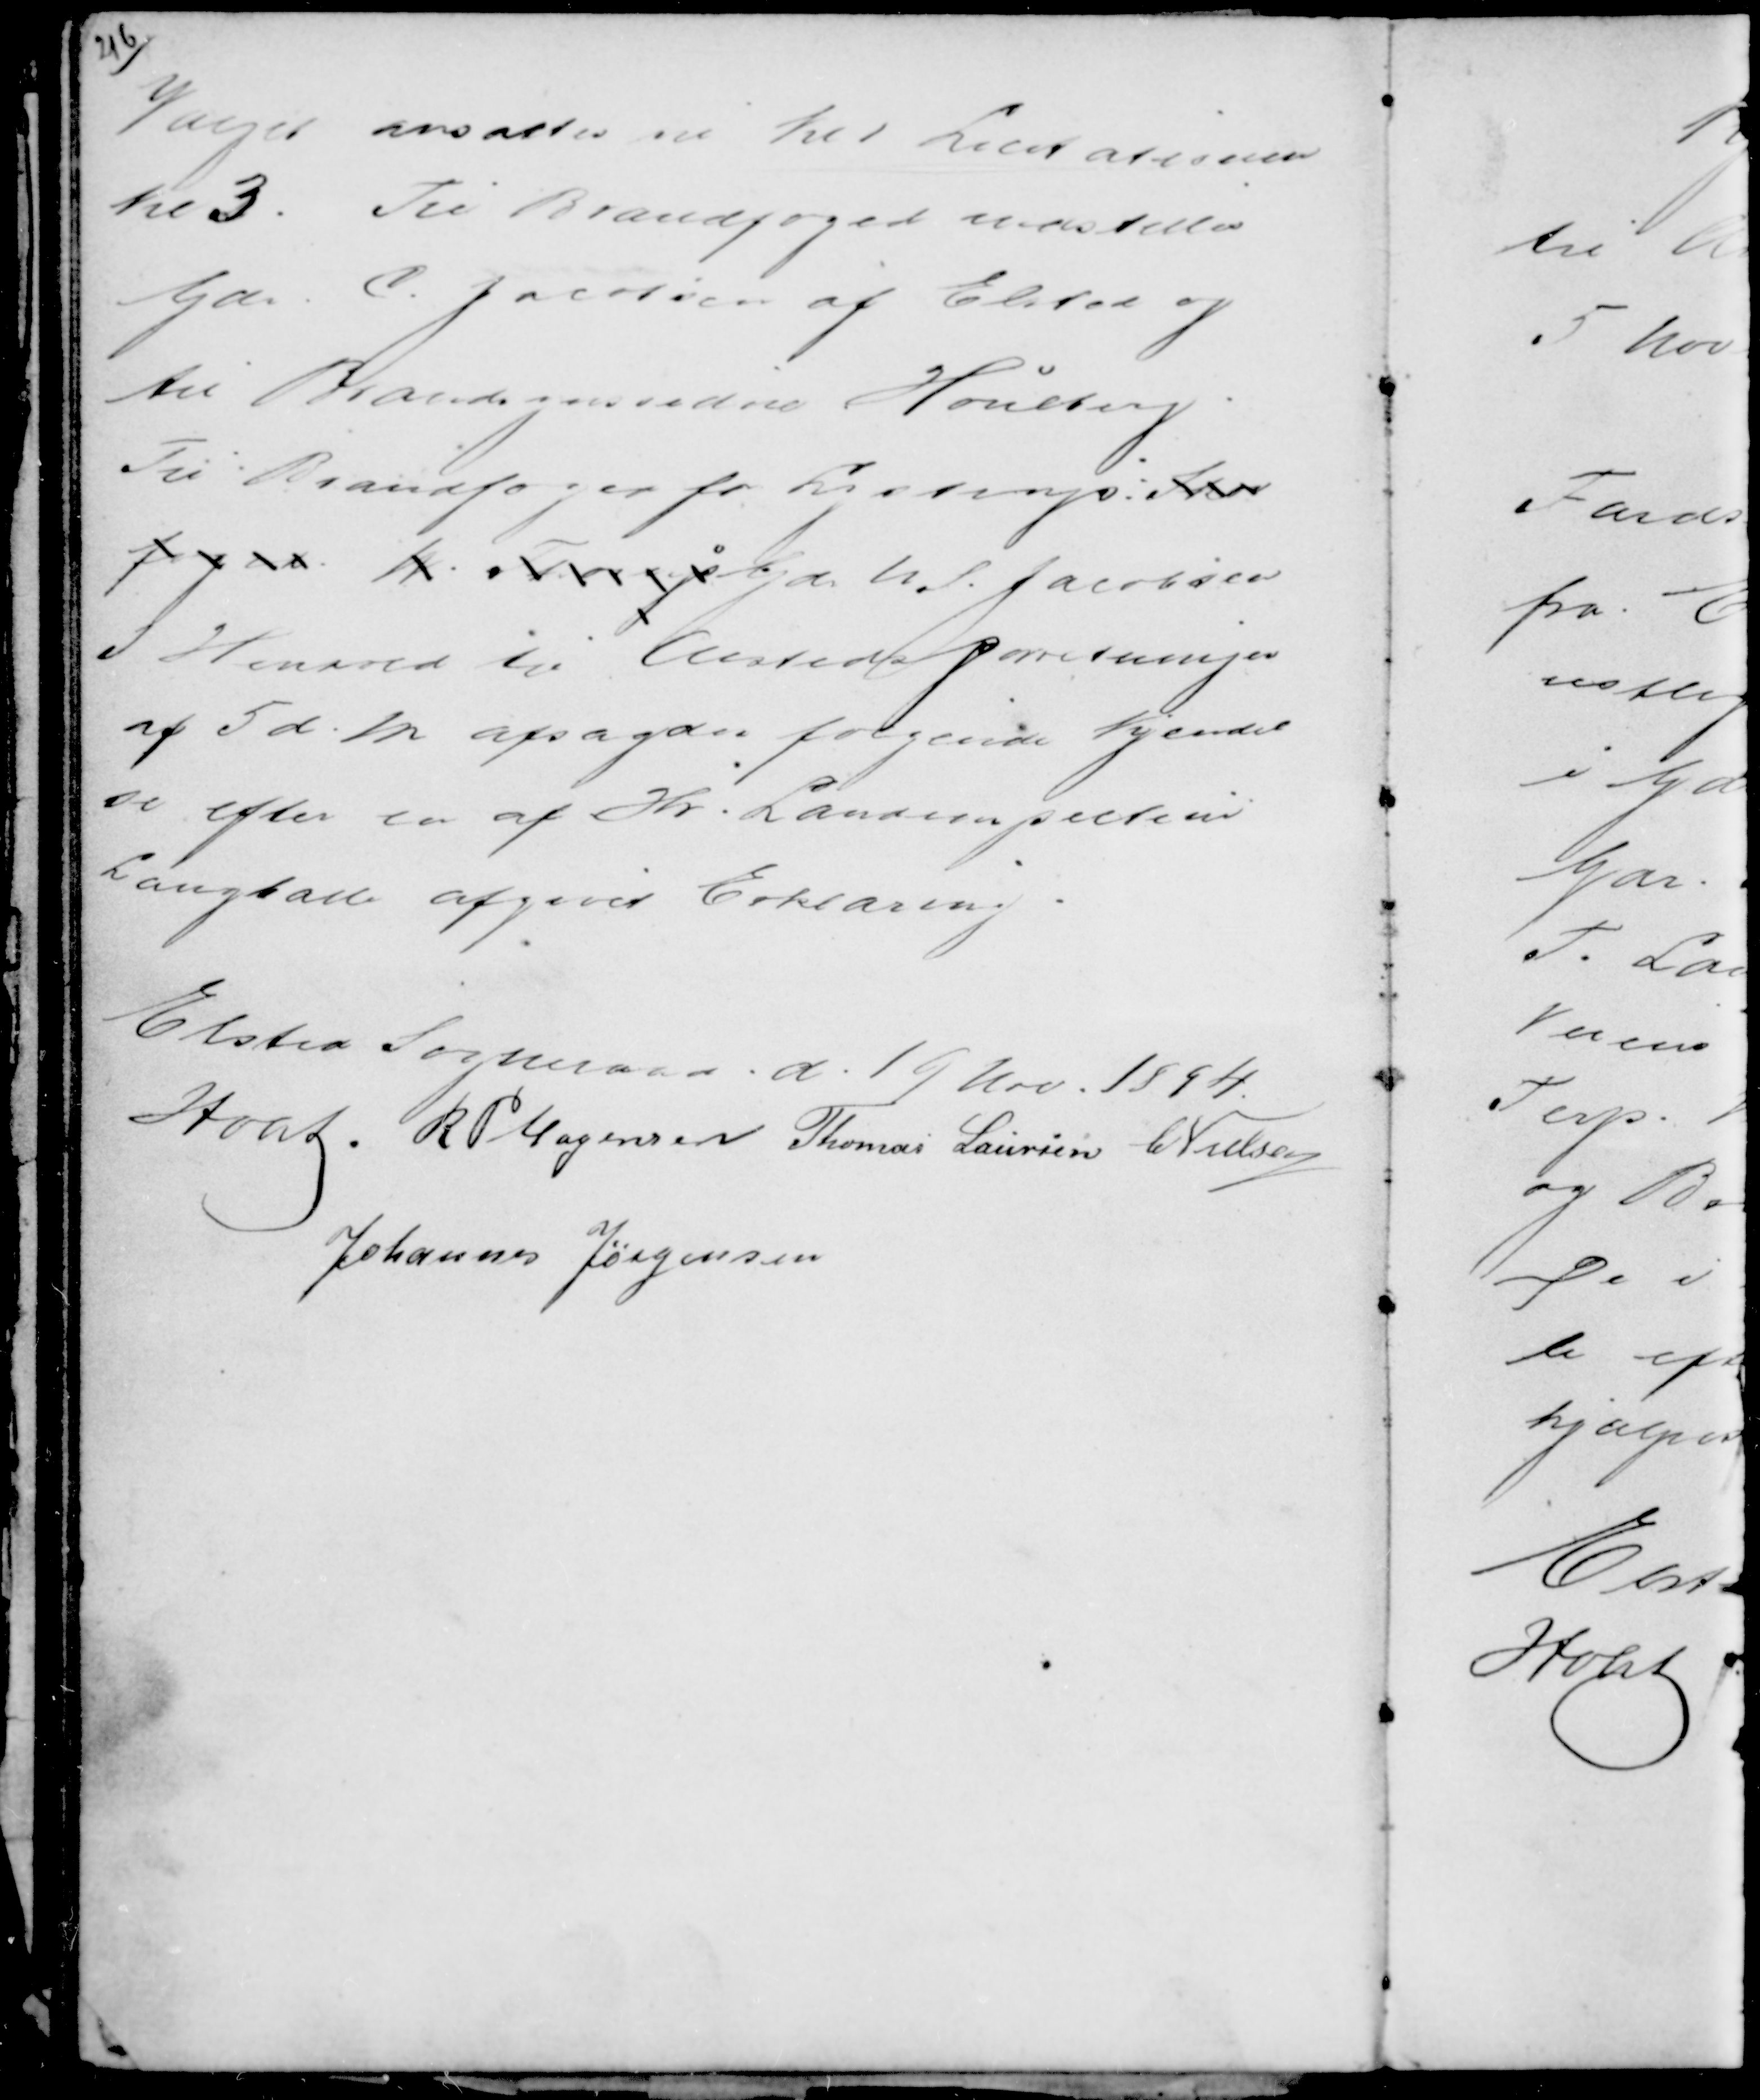
Transskription:
Valget ansattes til kl 1 Licitationen
kl 3. Til Brandfoged udstilles
Gdr. C. Jacobsen af Elsted og
til Brandsynsvidne Houlberg.
Til Brandfoged for Lystrup. Skov
foged W. F Gd N. S. Jacobsen
I Henhold til Aastedsforrretningen
af 5 d.M. afsagdes følgende Kjendel-
se efter en af Hr. Landinspecteur
Langballe afgivet Erklæring.

Elsted Sogneraad d. 19 Nov 1894.
Holst R P Mogensen Thomas Laursen C Nielsen
Johannes Jørgensen